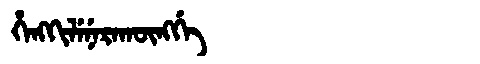
Manchu: ᡥᡝᠩᡴᡳᠯᡝᠨᡝᡵᠠᡴᡡᠩᡤᡝ
Romanization: HENGKILENERAKŪNGGE